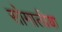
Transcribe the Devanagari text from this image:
सोमालीया